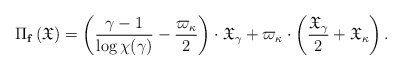
\begin{align*}\Pi_\mathbf{f}\left(\frak{X}\right)&=\left(\frac{\gamma-1}{\log \chi(\gamma)}-\frac{\varpi_\kappa}{2}\right)\cdot\frak{X}_\gamma+\varpi_\kappa\cdot\left(\frac{\frak{X}_\gamma}{2}+\frak{X}_\kappa\right).\end{align*}